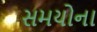
સમયોના